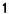
1